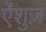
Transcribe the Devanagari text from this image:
ऐंशुज़